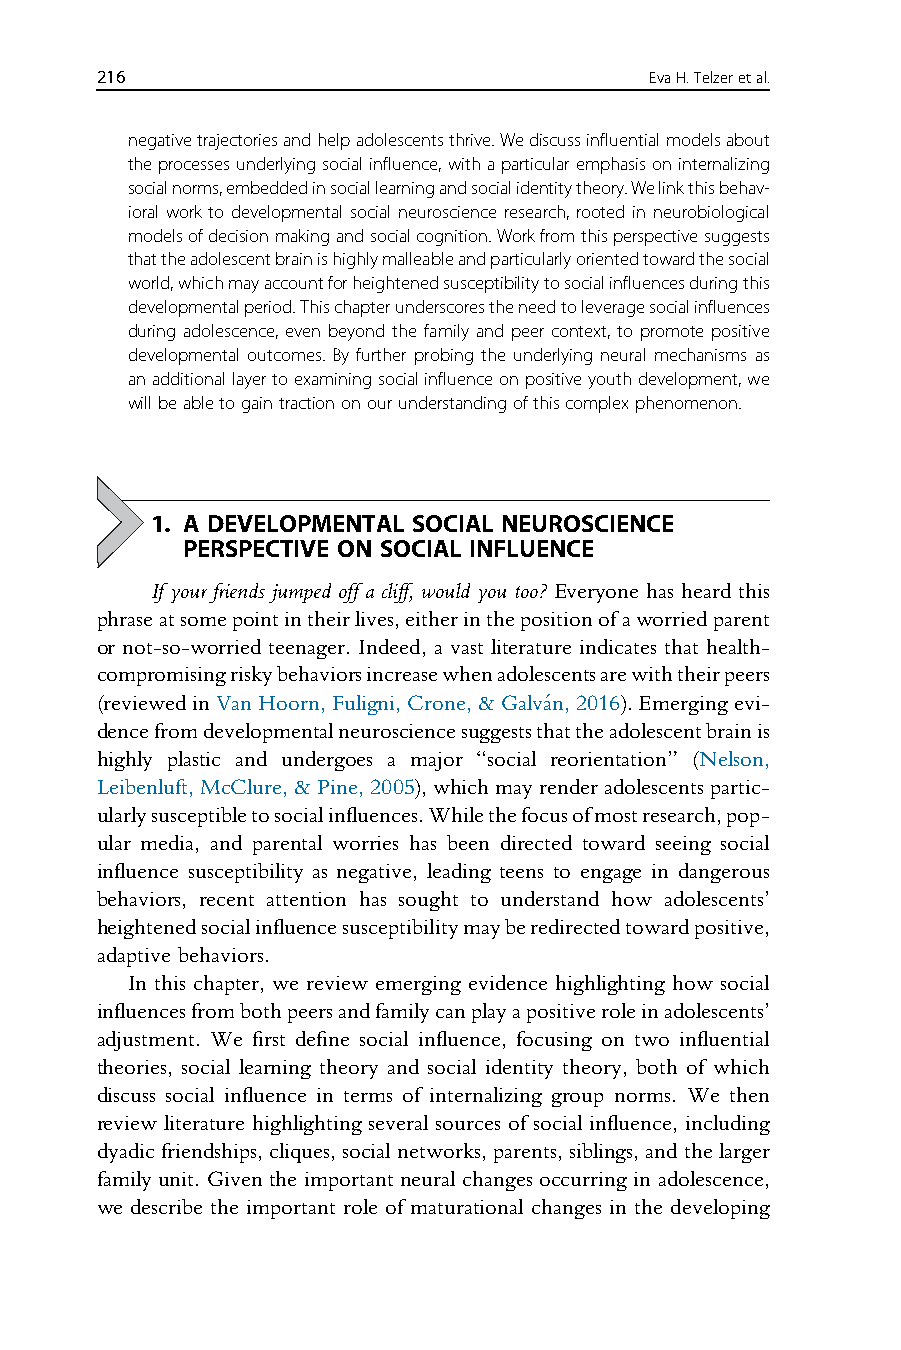
216                                  EvaH.Telzeretal.
 negativetrajectoriesandhelpadolescentsthrive.Wediscussinfluentialmodelsabout
 theprocessesunderlyingsocialinfluence,withaparticularemphasisoninternalizing
 socialnorms,embeddedinsociallearningandsocialidentitytheory.Welinkthisbehav-
 ioral work to developmental social neuroscience research, rooted in neurobiological
 modelsofdecisionmakingandsocialcognition.Workfromthisperspectivesuggests
 thattheadolescentbrainishighlymalleableandparticularlyorientedtowardthesocial
 world,whichmayaccountforheightenedsusceptibilitytosocialinfluencesduringthis
 developmentalperiod.Thischapterunderscorestheneedtoleveragesocialinfluences
 during adolescence, even beyond the family and peer context, to promote positive
 developmental outcomes. By further probing the underlying neural mechanisms as
 anadditionallayertoexaminingsocialinfluenceonpositiveyouthdevelopment,we
 willbeabletogaintractiononourunderstandingofthiscomplexphenomenon.
 1. A DEVELOPMENTAL SOCIAL NEUROSCIENCE
 PERSPECTIVE ON SOCIAL INFLUENCE
 If your friends jumped off a cliff, would you too? Everyone has heard this
 phraseatsomepointintheirlives,eitherinthepositionofaworriedparent
 or not-so-worried teenager. Indeed, a vast literature indicates that health-
 compromisingriskybehaviorsincreasewhenadolescentsarewiththeirpeers
 (reviewedinVanHoorn,Fuligni,Crone,&Galva´n,2016).Emergingevi-
 dencefromdevelopmentalneurosciencesuggeststhattheadolescentbrainis
 highly plastic and undergoes a major “social reorientation” (Nelson,
 Leibenluft,McClure,&Pine,2005),whichmayrenderadolescentspartic-
 ularlysusceptibletosocialinfluences.Whilethefocusofmostresearch,pop-
 ular media, and parental worries has been directed toward seeing social
 influence susceptibility as negative, leading teens to engage in dangerous
 behaviors, recent attention has sought to understand how adolescents’
 heightenedsocialinfluencesusceptibilitymayberedirectedtowardpositive,
 adaptive behaviors.
 In this chapter, we review emerging evidence highlighting how social
 influencesfrombothpeersandfamilycanplayapositiveroleinadolescents’
 adjustment. We first define social influence, focusing on two influential
 theories, social learning theory and social identity theory, both of which
 discuss social influence in terms of internalizing group norms. We then
 review literature highlighting several sources of social influence, including
 dyadicfriendships,cliques,socialnetworks,parents,siblings,andthelarger
 family unit. Given the important neural changes occurring in adolescence,
 we describe the important role of maturational changes in the developing